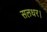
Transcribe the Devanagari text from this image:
सलधर।